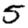
Digit: 5